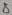
Text: 8